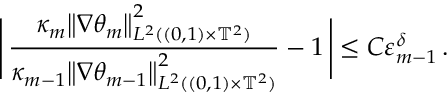
\Biggl | \, \frac { \kappa _ { m } \big \| \nabla { \theta } _ { m } \big \| _ { L ^ { 2 } ( ( 0 , 1 ) \times \ensuremath { \mathbb { T } } ^ { 2 } ) } ^ { 2 } } { \kappa _ { m - 1 } \mathopen { } \mathclose \bgroup \left\| \nabla \theta _ { m - 1 } \aftergroup \egroup \right\| _ { L ^ { 2 } ( ( 0 , 1 ) \times \ensuremath { \mathbb { T } } ^ { 2 } ) } ^ { 2 } } - 1 \, \Biggr | \leq C \varepsilon _ { m - 1 } ^ { \delta } \, .